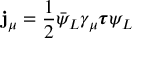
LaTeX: \mathbf { j } _ { \mu } = { \frac { 1 } { 2 } } { \bar { \psi } } _ { L } \gamma _ { \mu } { \boldsymbol { \tau } } \psi _ { L }